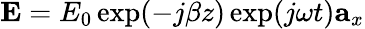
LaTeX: \mathbf{E}=E_{0}\exp(-j\beta z)\exp(j\omega t)\mathbf{a}_{x}